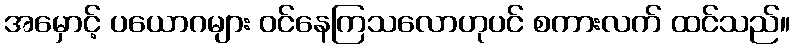
အမှောင့် ပယောဂများ ဝင်နေကြသလောဟုပင် စကားလက် ထင်သည်။